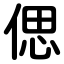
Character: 偲